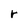
Character: r